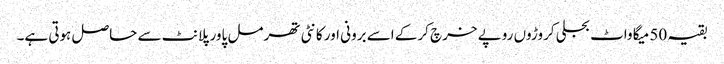
بقیہ 50 میگا واٹ بجلی کروڑوں روپے خرچ کرکے اسے برونی اور کانٹی تھرمل پاور پلانٹ سے حاصل ہوتی ہے۔